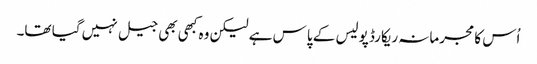
اُس کا مجرمانہ ریکارڈ پولیس کے پاس ہے لیکن وہ کبھی بھی جیل نہیں گیا تھا۔